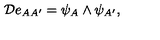
{ \cal { D } } e _ { A A ^ { \prime } } = \psi _ { A } \wedge \psi _ { A ^ { \prime } } ,